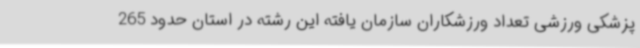
پزشکی ورزشی تعداد ورزشکاران سازمان یافته این رشته در استان حدود 265